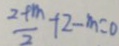
\frac { 2 + m } { 2 } + 2 - m = 0